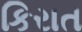
કિરાત